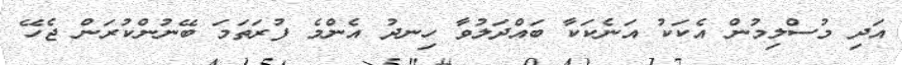
އަދި މުސްލިމުން އެކަކު އަނެކަކާ ބައްދަލުވާ ހިނދު އެންމެ ފުރަތަމަ ބޭނުންކުރަން ޖެހޭ